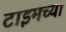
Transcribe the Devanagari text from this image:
टाइमच्या